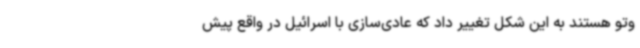
وتو هستند به این شکل تغییر داد که عادی‌سازی با اسرائیل در واقع پیش